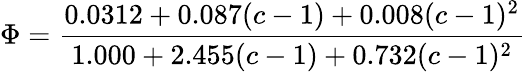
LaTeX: \Phi={\frac{0.0312+0.087(c-1)+0.008(c-1)^{2}}{1.000+2.455(c-1)+0.732(c-1)^{2}}}